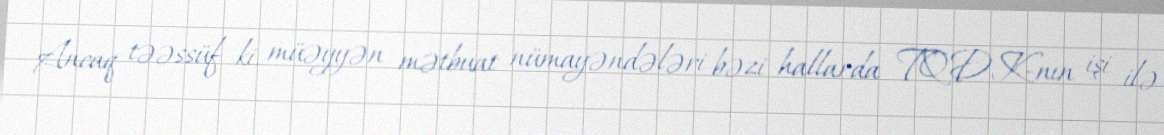
Ancaq təəssüf ki, müəyyən mətbuat nümayəndələri bəzi hallarda TQDK-nın işi ilə